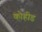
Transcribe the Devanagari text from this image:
कोहीड